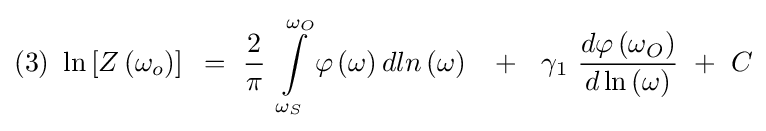
(3){\text{ }}\ln \left[Z\left(\omega _{o}\right)\right]{\text{ }}={\text{ }}{\frac {2}{\pi }}{\text{ }}\int \limits _{\omega _{S}}^{\omega _{O}}\varphi \left(\omega \right)dln\left(\omega \right){\text{ }}{\text{ }}+{\text{ }}{\text{ }}\gamma _{1}{\text{ }}{\frac {d\varphi \left(\omega _{O}\right)}{d\ln \left(\omega \right)}}{\text{ }}+{\text{ }}C